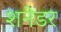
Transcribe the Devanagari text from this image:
शनेडर